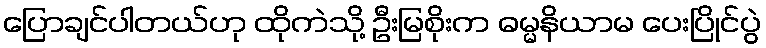
ပြောချင်ပါတယ်ဟု ထိုကဲသို့ ဦးမြစိုးက ဓမ္မနိယာမ ပေးပြိုင်ပွဲ